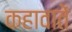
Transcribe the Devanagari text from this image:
कहावातें